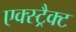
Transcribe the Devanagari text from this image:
एक्स्ट्रैक्ट